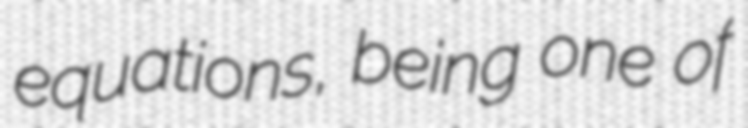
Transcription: equations, being one of